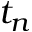
t _ { n }